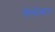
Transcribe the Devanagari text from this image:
तोलोकान